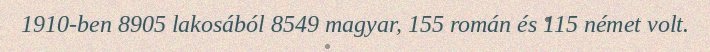
1910-ben 8905 lakosából 8549 magyar, 155 román és 115 német volt.